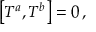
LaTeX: \left[ T ^ { a } , T ^ { b } \right] = 0 \, ,